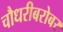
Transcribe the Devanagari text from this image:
चौधरीबरोबर